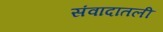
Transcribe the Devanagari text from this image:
संवादातली